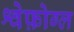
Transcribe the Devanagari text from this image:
श्वेफ़ोग्ल